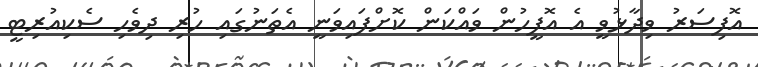
އޮފިސަރު ވިދާޅުވީ އެ އޮފީހުން ވައްކަން ކޮށްފައިވަނީ އެތަނުގައި ހުރި ދިވެހި ސެކިއުރިޓީ